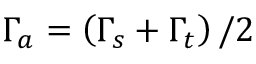
\Gamma _ { a } = \left( \Gamma _ { s } + \Gamma _ { t } \right) / 2